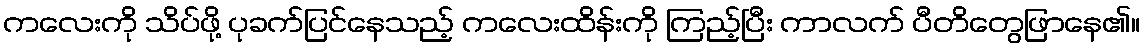
ကလေးကို သိပ်ဖို့ ပုခက်ပြင်နေသည့် ကလေးထိန်းကို ကြည့်ပြီး ကာလက် ပီတိတွေဖြာနေ၏။